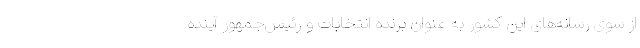
از سوی رسانه‌های این کشور به عنوان برنده انتخابات و رئیس‌جمهور آینده